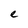
Character: e